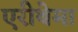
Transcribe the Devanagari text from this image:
एरीथेमा